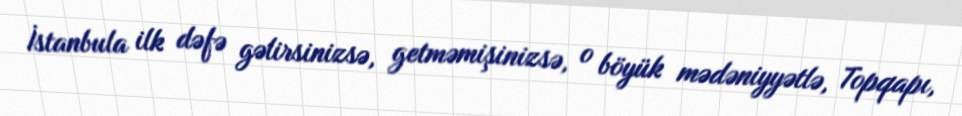
İstanbula ilk dəfə gəlirsinizsə, getməmişinizsə, o böyük mədəniyyətlə, Topqapı,